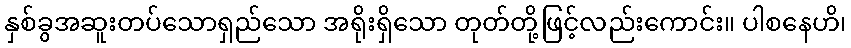
နှစ်ခွအဆူးတပ်သောရှည်သော အရိုးရှိသော တုတ်တို့ဖြင့်လည်းကောင်း။ ပါစနေဟိ၊